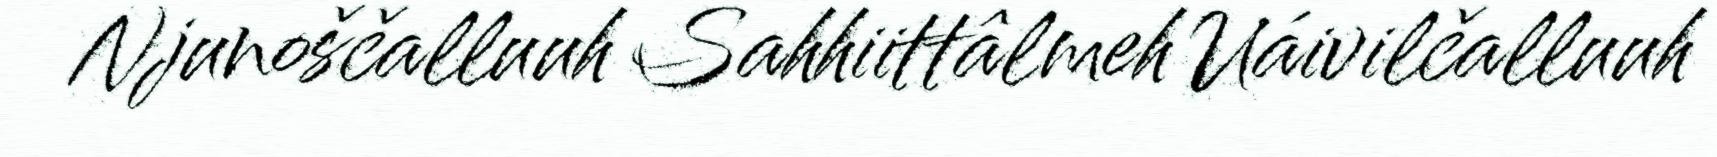
Njunoščalluuh Sahhiittâlmeh Uáivilčalluuh